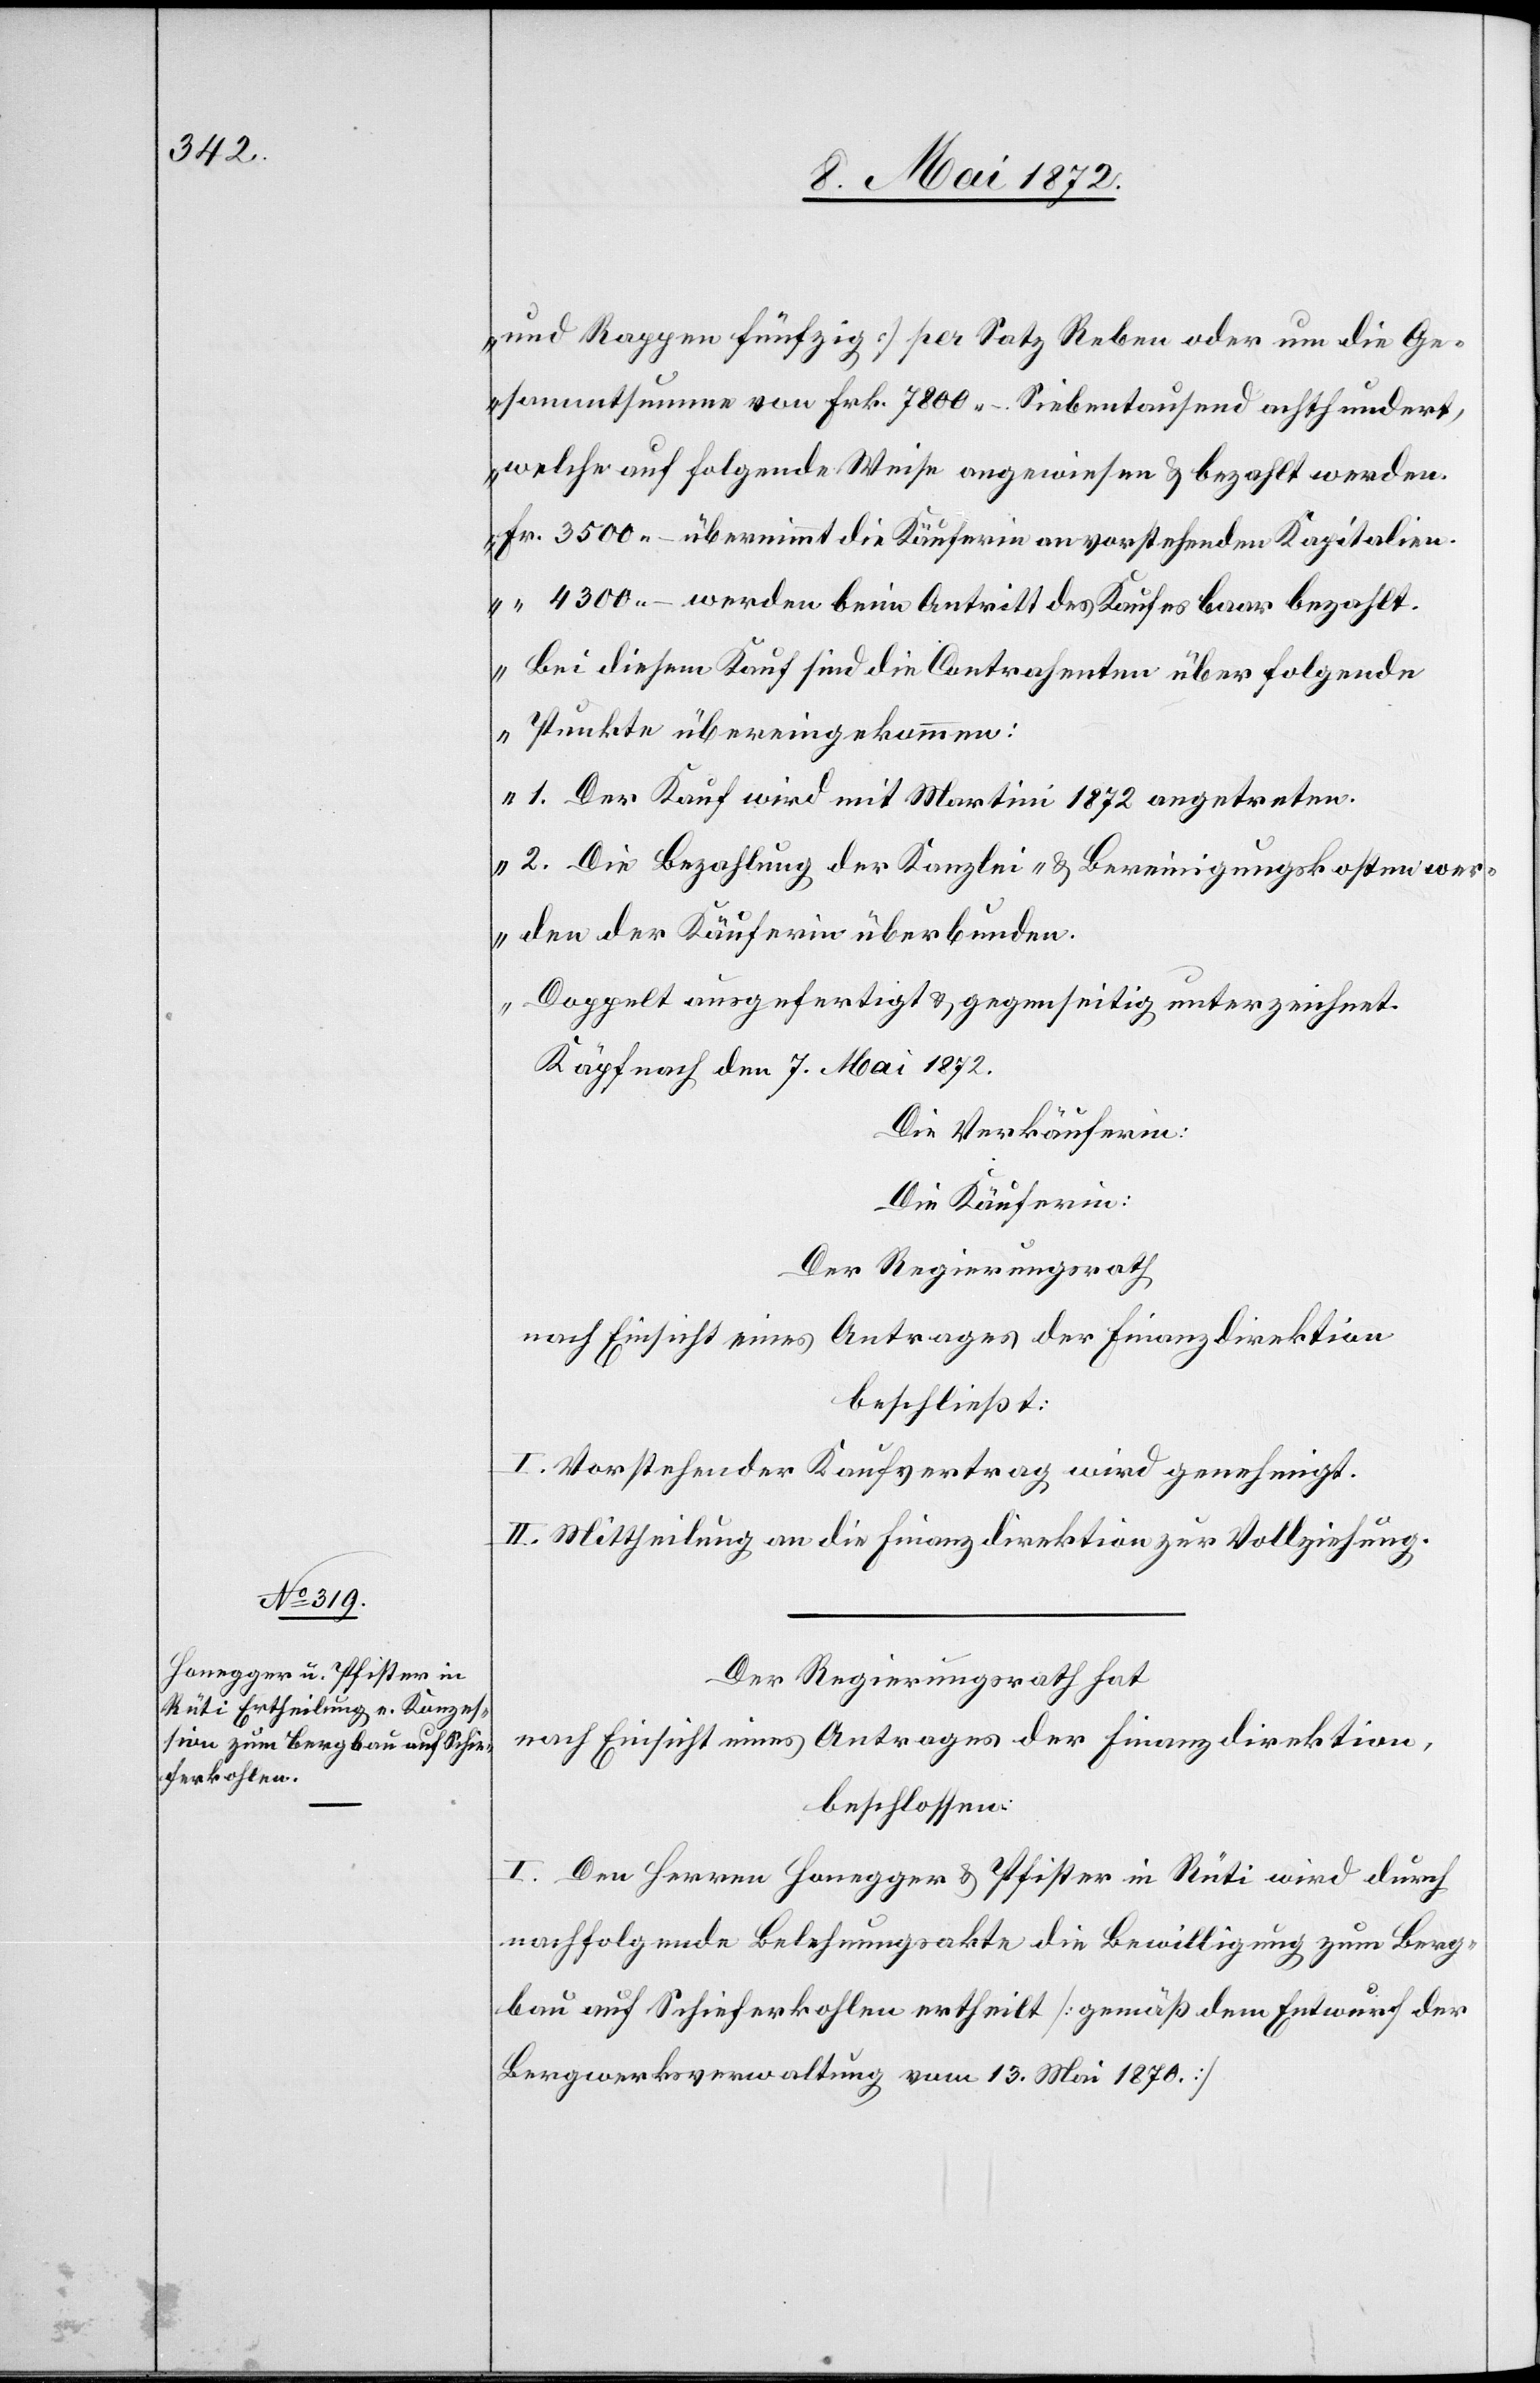
und Rappen fünfzig] per Satz Reben oder um die Ge¬
sammtsumme von Frk. 7800 –. Siebentausend achthundert,
welche auf folgende Weise angewiesen u. bezahlt werden.
Fr. 3500 – übernimmt die Käuferin an vorstehenden Kapitalien.
“ 4300 – werden beim Antritt des Kaufes baar bezahlt.
Bei diesem Kauf sind die Contrahenten über folgende
Punkte übereingekommen:
1. Der Kauf wird mit Martini 1872 angetreten.
2. Die Bezahlung der Kanzlei- u. Bereinigungskosten wer¬
den der Käuferin überbunden.
Doppelt ausgefertigt u. gegenseitig unterzeichnet.
Käpfnach den 7. Mai 1872.
Die Verkäuferin:
Die Käuferin:
Der Regierungsrath
nach Einsicht eines Antrages der Finanzdirektion
beschließt:
I. Vorstehender Kaufvertrag wird genehmigt.
II. Mittheilung an die Finanzdirektion zur Vollziehung.